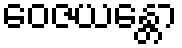
ဝေဇယန္တော